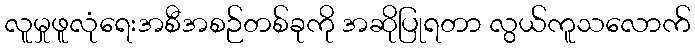
လူမှုဖူလုံရေးအစီအစဉ်တစ်ခုကို အဆိုပြုရတာ လွယ်ကူသလောက်